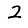
Digit: 2